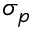
\sigma _ { p }